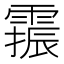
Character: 𫕫